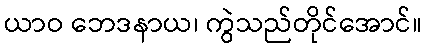
ယာဝ ဘေဒနာယ၊ ကွဲသည်တိုင်အောင်။